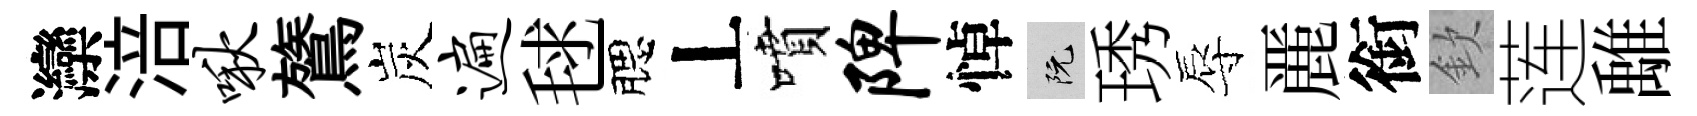
灤涪啾鷟炭遍毬腮丄噴陴悼阮琇辱䴡銜欽莲𩀌